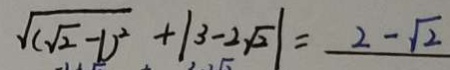
\sqrt { ( 2 - 1 ) ^ { 2 } } + \vert 3 - 2 \sqrt { 2 } \vert = - 2 - \sqrt { 2 }